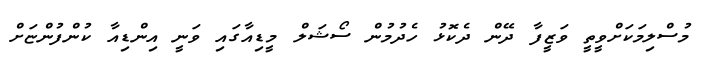
މުސްލިމަކަށްވީތީ ވަޒީފާ ދޭން ދެކޮޅު ހެދުމުން ސޯޝަލް މީޑިއާގައި ވަނީ އިންޑިއާ ކުންފުންޏަށް